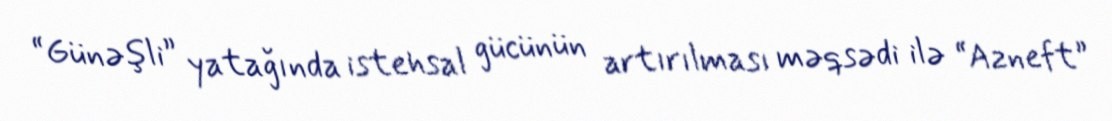
“Günəşli” yatağında istehsal gücünün artırılması məqsədi ilə “Azneft”